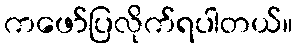
ကဖော်ပြလိုက်ရပါတယ်။